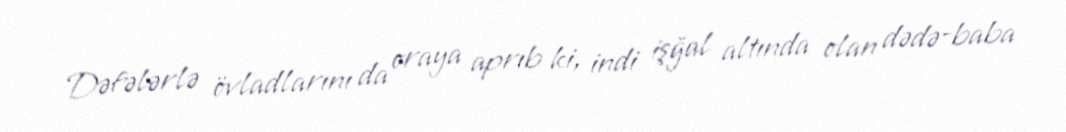
Dəfələrlə övladlarını da oraya aprıb ki, indi işğal altında olan dədə-baba